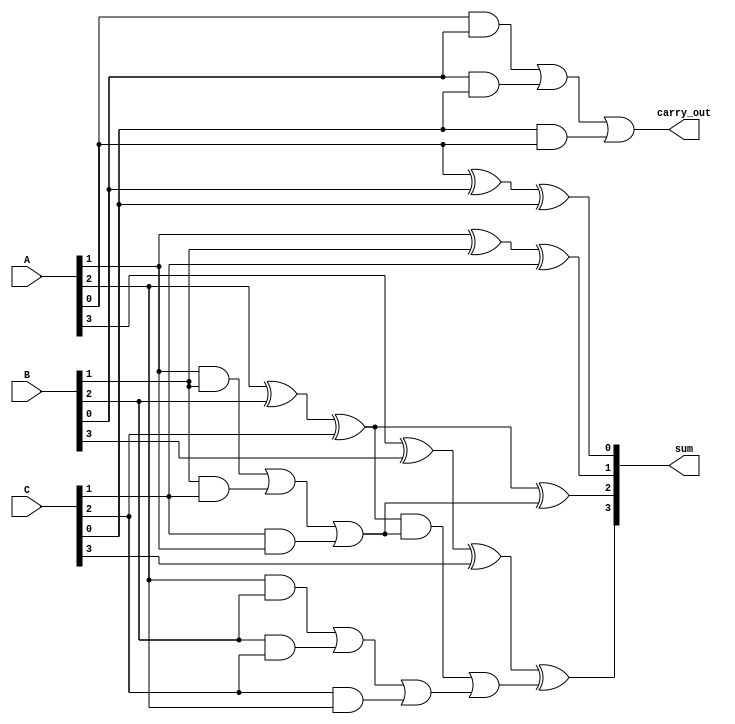
module carry_save_adder #(parameter N = 4) (
    input [N-1:0] A,  // First operand
    input [N-1:0] B,  // Second operand
    input [N-1:0] C,  // Third operand (additional can be added)
    output [N:0] sum, // Final sum output
    output carry_out   // Final carry output
);
  
    // Intermediate sums and carries
    wire [N-1:0] sum_temp1;
    wire [N-1:0] carry_temp1;
  
    // Carry Save Stage
    generate
        genvar i;
        for (i = 0; i < N; i = i + 1) begin : csa_stage
            wire a_bit = (i < N) ? A[i] : 1'b0;
            wire b_bit = (i < N) ? B[i] : 1'b0;
            wire c_bit = (i < N) ? C[i] : 1'b0;
            
            // Full adder logic for each bit
            assign sum_temp1[i] = a_bit ^ b_bit ^ c_bit; // Sum
            assign carry_temp1[i] = (a_bit & b_bit) | (b_bit & c_bit) | (c_bit & a_bit); // Carry
        end
    endgenerate

    // Carry Propagation Stage
    wire [N-1:0] carry;
    wire [N:0] final_sum;

    assign carry[0] = 1'b0; // Initial carry input for the first stage
    assign final_sum[0] = sum_temp1[0];

    generate
        for (i = 0; i < N; i = i + 1) begin : carry_prop_stage
            if (i == 0) begin
                assign final_sum[i] = sum_temp1[i]; // First bit sum
                assign carry_out = carry_temp1[i]; // Final carry out
            end else begin
                assign final_sum[i] = sum_temp1[i] ^ carry[i-1]; // Sum bit from CSA and carry
                assign carry[i] = (sum_temp1[i] & carry[i-1]) | carry_temp1[i]; // Carry propagation
            end
        end
    endgenerate

    assign sum = final_sum; // Final sum output

endmodule